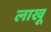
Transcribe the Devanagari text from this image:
लाखू